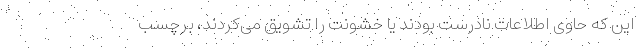
این که حاوی اطلاعات نادرست بودند یا خشونت را تشویق می‌کردند، برچسب